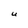
Character: U